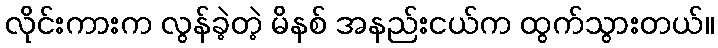
လိုင်းကားက လွန်ခဲ့တဲ့ မိနစ် အနည်းငယ်က ထွက်သွားတယ်။